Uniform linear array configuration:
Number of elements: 48
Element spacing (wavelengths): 0.25
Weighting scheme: exponential
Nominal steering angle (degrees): -15
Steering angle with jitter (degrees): -15.503
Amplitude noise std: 0.05
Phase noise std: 0.05

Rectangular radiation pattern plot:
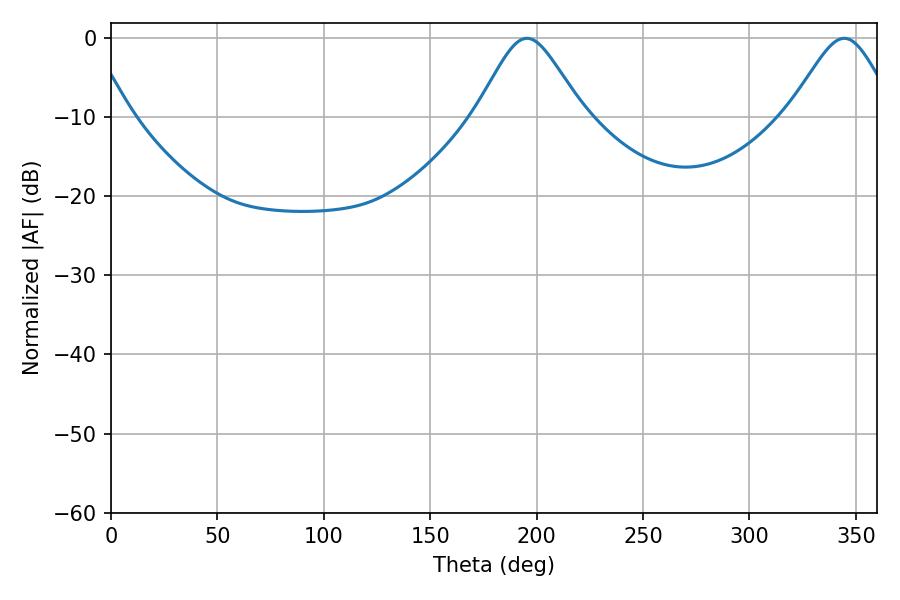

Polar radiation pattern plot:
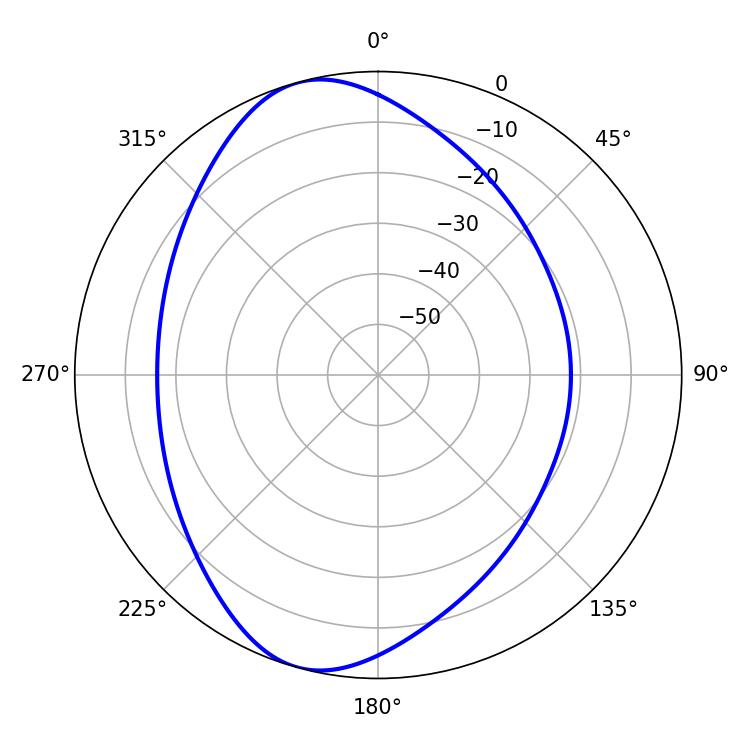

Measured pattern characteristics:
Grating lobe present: FALSE
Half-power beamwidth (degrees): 24.48
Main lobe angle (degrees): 195.48